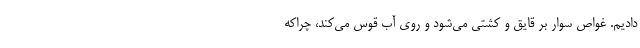
دادیم. غواص سوار بر قایق و کشتی می‌شود و روی آب قوس می‌کند، چراکه